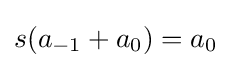
s(a_{-1}+a_{0})=a_{0}